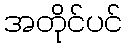
အတိုင်ပင်